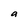
Character: a